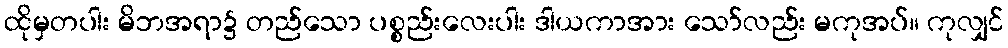
ထိုမှတပါး မိဘအရာ၌ တည်သော ပစ္စည်းလေးပါး ဒါယကာအား သော်လည်း မကုအပ်။ ကုလျှင်